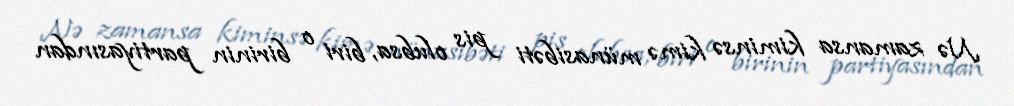
Nə zamansa kiminsə kimə münasibəti pis olubsa, biri o birinin partiyasından